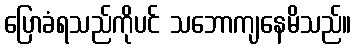
ပြောခံရသည်ကိုပင် သဘောကျနေမိသည်။